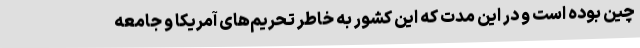
چین بوده است و در این مدت که این کشور به خاطر تحریم‌های آمریکا و جامعه